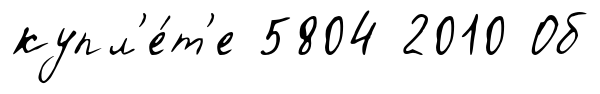
купл'е́т'е 5804 2010 Об